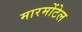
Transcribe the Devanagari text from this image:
मारमोंटेल